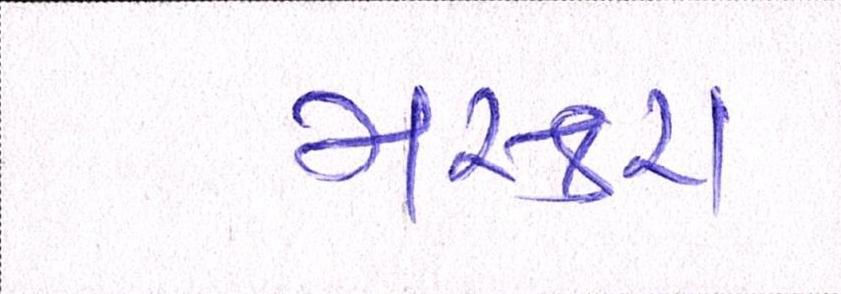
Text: મસ્કરા